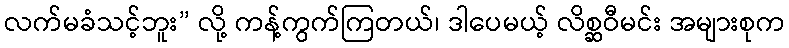
လက်မခံသင့်ဘူး” လို့ ကန့်ကွက်ကြတယ်၊ ဒါပေမယ့် လိစ္ဆဝီမင်း အများစုက